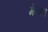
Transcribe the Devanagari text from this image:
मेन्चल